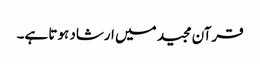
قرآن مجید میں ارشاد ہوتا ہے۔